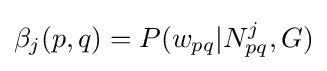
\beta _{j}(p,q)=P(w_{pq}|N_{pq}^{j},G)